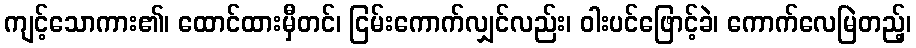
ကျင့်သောကား၏၊ ထောင်ထားမှီတင်၊ ငြမ်းကောက်လျှင်လည်း၊ ဝါးပင်ဖြောင့်ခဲ၊ ကောက်လေမြဲတည့်၊